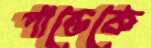
পান্ডেকে